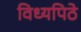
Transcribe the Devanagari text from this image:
विध्यपिठे